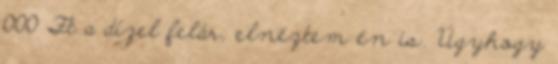
000 Ft a dízel felár, elnéztem én is. Úgyhogy